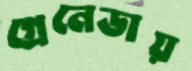
গ্রেনেডায়